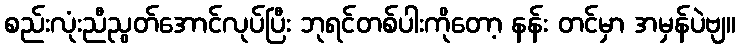
စည်းလုံးညီညွတ်အောင်လုပ်ပြီး ဘုရင်တစ်ပါးကိုတော့ နန်း တင်မှာ အမှန်ပဲဗျ။